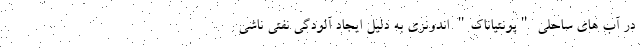
در آب های ساحلی "پونتیاناک" اندونزی به دلیل ایجاد آلودگی نفتی ناشی